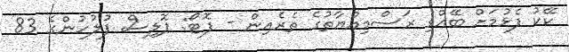
ކޭކު ފެޅުމަށް ބޭއްވި ރަސްމިއްޔާތުގެ ތެރެއިން - ފޮޓޯ: ޕޮލިސް ފުލުހުންގެ 83